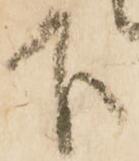
下